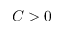
C > 0